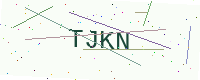
Text: TJKN